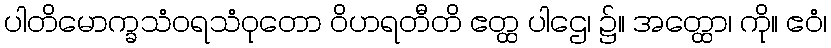
ပါတိမောက္ခသံဝရသံဝုတော ဝိဟရတီတိ ဧတ္ထ ပါဌေ၊ ၌။ အတ္ထော၊ ကို။ ဧဝံ၊